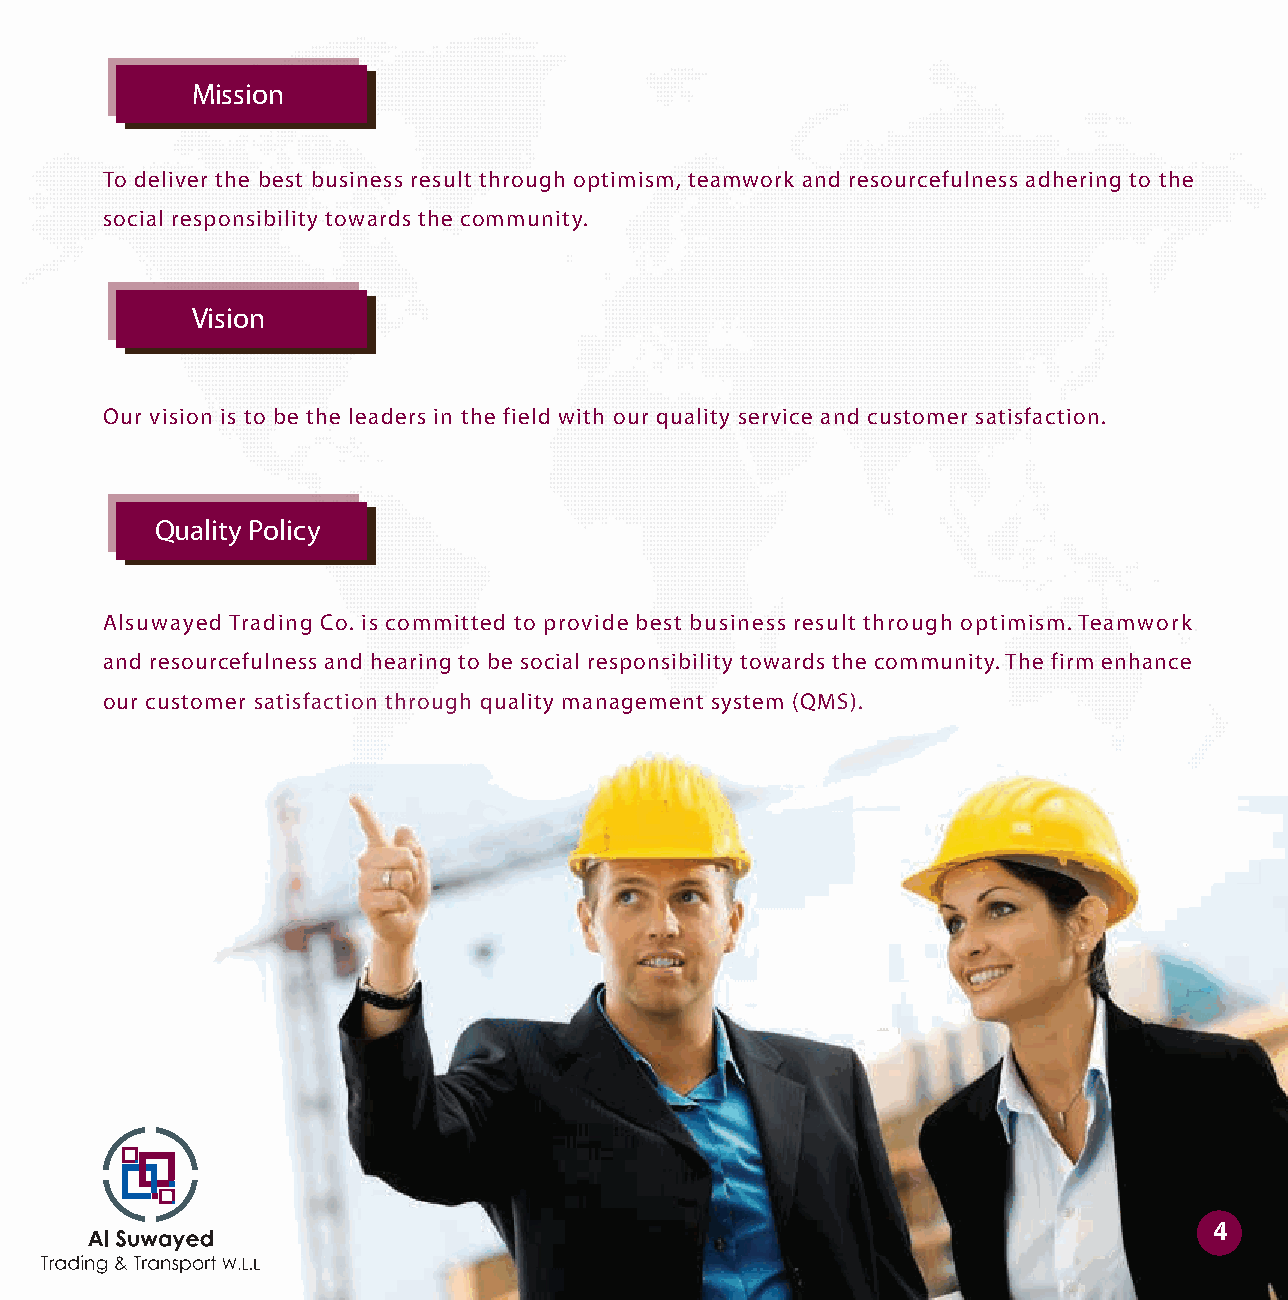
Mission
 To deliver the best business result through optimism, teamwork and resourcefulness adhering to the
 social responsibility towards the community.
 Vision
 Our vision is to be the leaders in the field with our quality service and customer satisfaction.
 Quality Policy
 Alsuwayed Trading Co. is committed to provide best business result through optimism. Teamwork
 and resourcefulness and hearing to be social responsibility towards the community. The firm enhance
 our customer satisfaction through quality management system (QMS).
 4